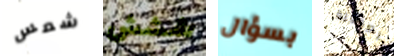
شمس ششش بسؤال الطفولة